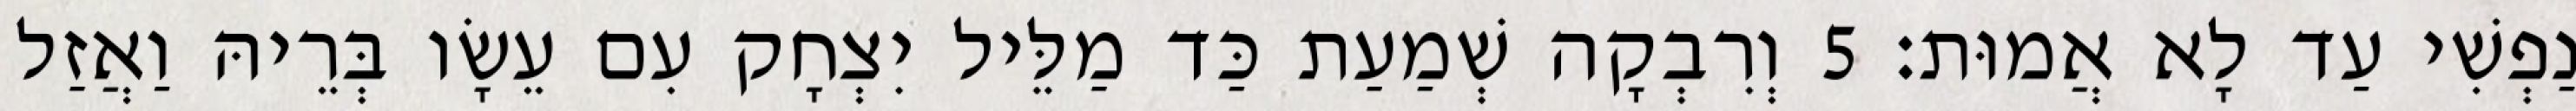
נַפְשִׁי עַד לָא אֲמוּת׃ 5 וְרִבְקָה שְׁמַעַת כַּד מַלֵּיל יִצְחָק עִם עֵשָׂו בְּרֵיהּ וַאֲזַל